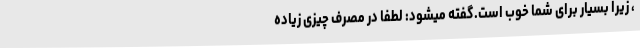
، زیرا بسیار برای شما خوب است.گفته میشود: لطفا در مصرف چیزی زیاده